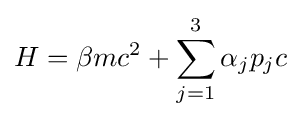
H=\beta mc^{2}+\sum _{j=1}^{3}\alpha _{j}p_{j}c